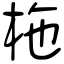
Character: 柂